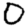
Digit: 0